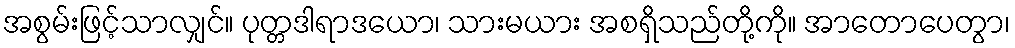
အစွမ်းဖြင့်သာလျှင်။ ပုတ္တဒါရာဒယော၊ သားမယား အစရှိသည်တို့ကို။ အာတောပေတွာ၊